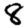
Digit: 8